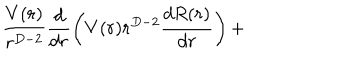
\frac { V ( r ) } { r ^ { D - 2 } } \frac { d } { d r } \left( V ( r ) r ^ { D - 2 } \frac { d R ( r ) } { d r } \right) +